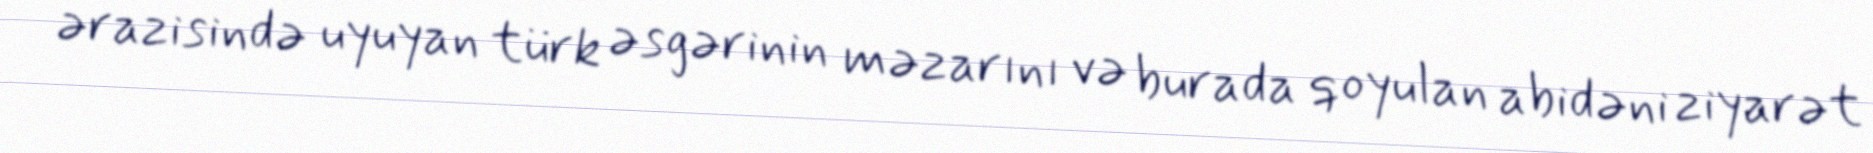
ərazisində uyuyan türk əsgərinin məzarını və burada qoyulan abidəni ziyarət